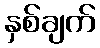
နှစ်ချက်